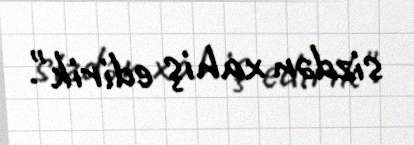
sizdən xahiş edirik".